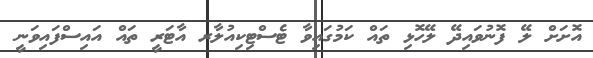
އޮށަށް ލޭ ފޮނުވައިދޭ ލޭހޮޅި ތައް ކަމުގައިވާ ޓެސްޓިކިއުލާރ އާޓަރީ ތައް އައިސްފައިވަނީ